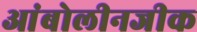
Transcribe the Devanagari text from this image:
आंबोलीनजीक